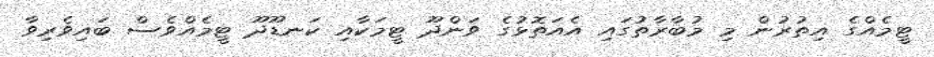
ޓީމެއްގެ އިތުރުން މި މުބާރާތުގައި އެއަތޮޅުގެ ވަންދޫ ޓީމަކާއި ކަނޑޫދޫ ޓީމެއްވެސް ބައިވެރިވާ